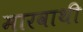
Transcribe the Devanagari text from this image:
मारवाथी